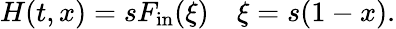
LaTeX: H(t,x)=sF_{\mathrm{in}}(\xi)\quad\xi=s(1-x).